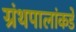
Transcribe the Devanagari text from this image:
ग्रंथपालांकडे